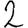
Digit: 2